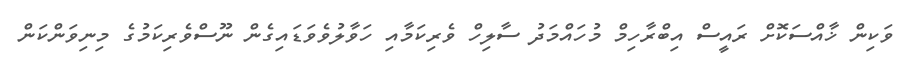
ވަކިން ޚާއްސަކޮށް ރައީސް އިބްރާހިމް މުހައްމަދު ސާލިހް ވެރިކަމާއި ހަވާލުވެވަޑައިގެން ނޫސްވެރިކަމުގެ މިނިވަންކަން